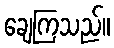
ချေကြသည်။